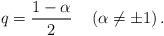
LaTeX: \begin{align*}q=\frac{1-\alpha}{2}\quad\left( \alpha\neq\pm1\right) .\end{align*}